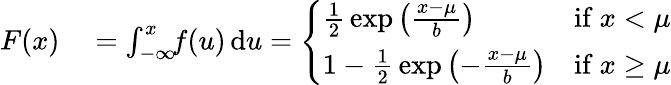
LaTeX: \begin{array}{rl}{F(x)}&{{}=\int_{-\infty}^{x}\! \! f(u)\, \mathrm{d}u={\left\{ \begin{array}{ll}{{\frac{1}{2}}\exp\left({\frac{x-\mu}{b}}\right)}&{{\mathrm{if~}}x<\mu}\\ {1-{\frac{1}{2}}\exp\left(-{\frac{x-\mu}{b}}\right)}&{{\mathrm{if~}}x\geq\mu}\end{array}\right.}}\end{array}